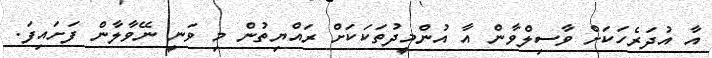
އާ އުދަރެހަކަށް ވާސިލްވާން އާ އުންމީދުތަކަކަށް ރައްޔިތުން މި ވަނީ ނޭވާލާން ފަށައިފަ.